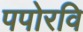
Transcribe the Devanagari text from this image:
पपोरवि